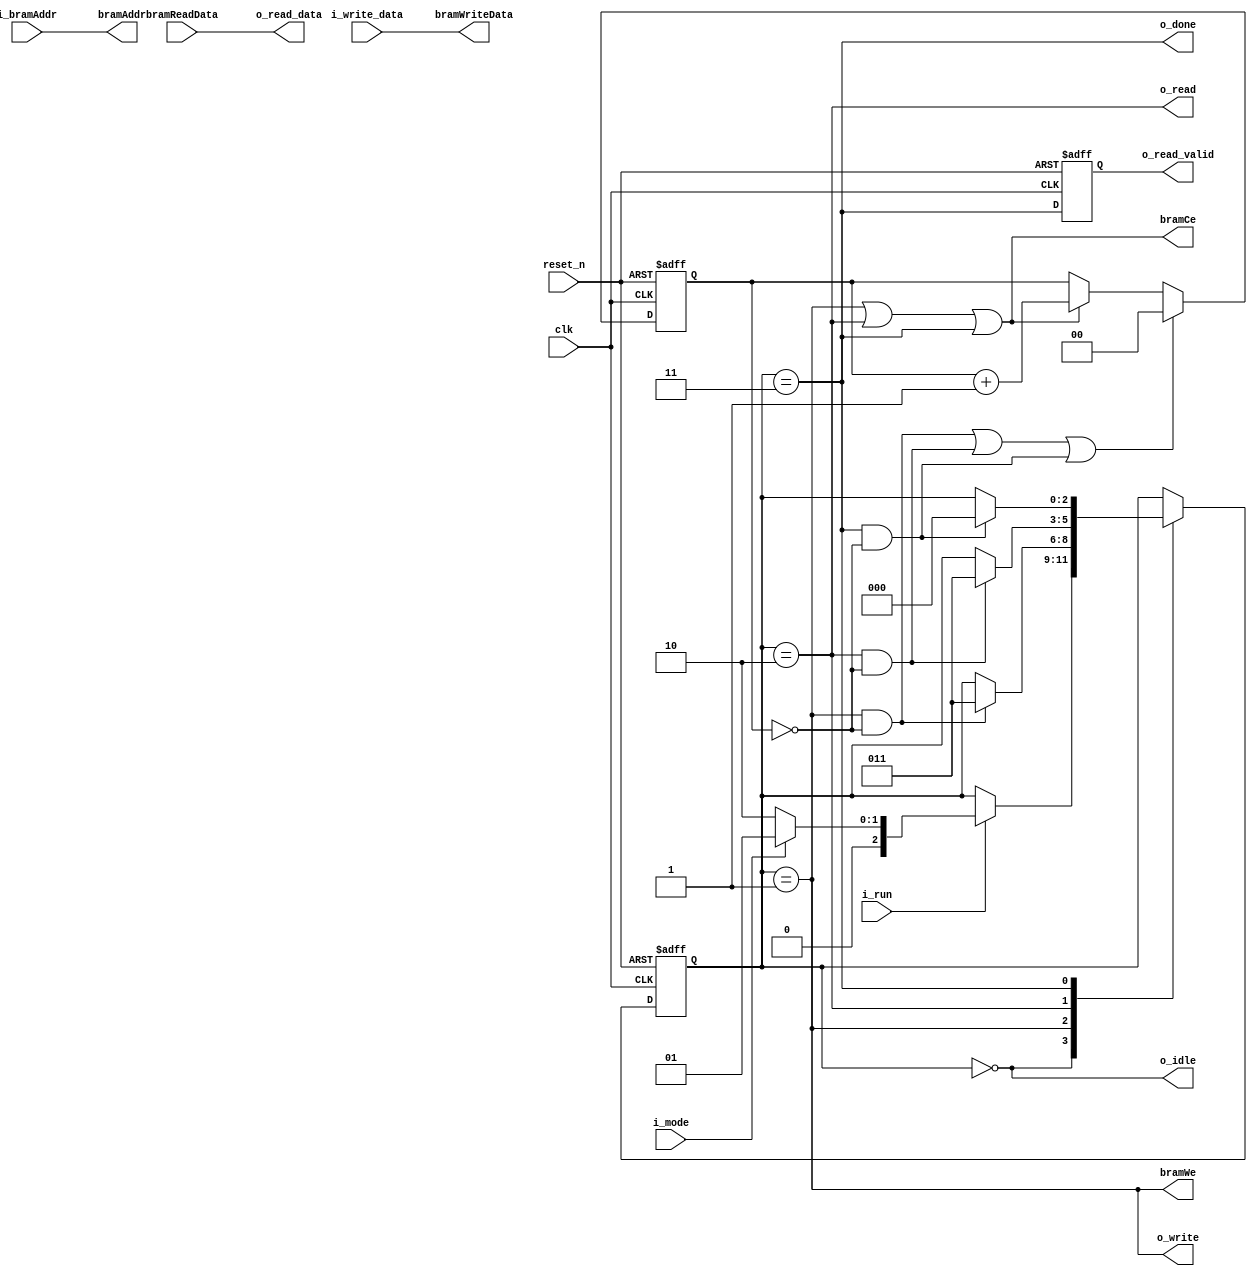
`timescale 1ns / 1ps
//////////////////////////////////////////////////////////////////////////////////
// Company: 
// Engineer: 
// 
// Design Name: 
// Module Name: singleBramCtrl
// Project Name: 
// Target Devices: 
// Tool Versions: 
// Description: 
// 
// Dependencies: 
// 
// Revision:
// Revision 0.01 - File Created
// Additional Comments:
// 
//////////////////////////////////////////////////////////////////////////////////
`timescale 1 ns / 1 ps

module single_bram_controller #(
    parameter DATA_WIDTH = 32,
    parameter ADDR_WIDTH = 10,
    parameter MEM_SIZE = 1024
)(
    input                   clk,
    input                   reset_n,
    input                   i_run,
    input                   i_mode,
    input  [ADDR_WIDTH-1:0] i_bramAddr,
    input  [DATA_WIDTH-1:0] i_write_data,
    output                  o_idle,
    output                  o_write,
    output                  o_read,
    output                  o_done,

// Memory I/F
    output[ADDR_WIDTH-1:0]  bramAddr,
    output                  bramCe,
    output                  bramWe,
    input [DATA_WIDTH-1:0]  bramReadData,
    output[DATA_WIDTH-1:0]  bramWriteData,

// output read value from BRAM
    output                  o_read_valid,
    output[DATA_WIDTH-1:0]  o_read_data
);


/////// Local Param. to define state ////////
localparam S_IDLE       = 3'd0;
localparam S_WRITE      = 3'd1;
localparam S_READ       = 3'd2;
localparam S_DONE       = 3'd3;
localparam S_UNKOWN     = 3'd4;

localparam READ_MODE    = 1'b0;
localparam WRITE_MODE   = 1'b1;

/////// Type ////////
reg [2:0]   current_state; // Current state  (F/F)
reg [2:0]   next_state; // Next state (Variable in Combinational Logic)
wire        is_write_done;
wire        is_read_done;
wire        is_done;

/////// Main ////////

// Step 1. always block to update state 
always @(posedge clk or negedge reset_n) begin
    if(!reset_n) begin
        current_state <= S_IDLE;
    end else begin
        current_state <= next_state;
    end
end

// Step 2. always block to compute next_state
//always @(current_state or i_run or is_done) 
always @(*)
begin
    next_state = current_state; // To prevent Latch.
    case(current_state)
        S_IDLE :
            if(i_run) begin                
                if(i_mode == 1'b1) begin
                    next_state = S_WRITE;
                end else if(i_mode == 1'b0) begin
                    next_state = S_READ;
                end else begin
                    next_state = S_UNKOWN;
                end   
            end
        S_WRITE : 
            if(is_write_done) begin
                next_state = S_DONE;
            end
        S_READ  : 
            if(is_read_done) begin
                next_state = S_DONE;
            end                    
        S_DONE  :
            if(is_done) begin
                next_state = S_IDLE;
            end
    endcase
end 

// Step 3.  always block to compute output
// Added to communicate with control signals.
assign o_idle       = (current_state == S_IDLE);
assign o_write      = (current_state == S_WRITE);
assign o_read       = (current_state == S_READ);
assign o_done       = (current_state == S_DONE);

reg [1:0] num_cnt; 
assign is_write_done    = o_write && (num_cnt == 2'd0);
assign is_read_done     = o_read  && (num_cnt == 2'd0);
assign is_done          = o_done && (num_cnt == 2'd0);
 
always @(posedge clk or negedge reset_n) begin
    if(!reset_n) begin
        num_cnt <= 0;  
    end else if (is_write_done || is_read_done || is_done) begin
        num_cnt <= 0;  
    end else if (o_write || o_read || o_done) begin
        num_cnt <= num_cnt + 1;
    end 
end

// Assign Memory I/F
assign bramAddr         = i_bramAddr;
assign bramCe           = o_write || o_read || o_done;
assign bramWe           = o_write;
assign bramWriteData    = i_write_data;  // same value;


// output data from memory 
reg                     r_valid;
reg [ADDR_WIDTH-1:0]    r_mem_data;

// 1 cycle latency to sync mem output
always @(posedge clk or negedge reset_n) begin
    if(!reset_n) begin
        r_valid <= 0;  
    end else begin
        r_valid <= o_done; // read data
    end 
end

assign o_read_valid = r_valid;
assign o_read_data = bramReadData;  // direct assign, bus Matbi recommends you to add a register for timing.

endmodule